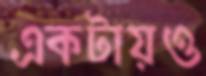
একটায়ও